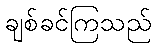
ချစ်ခင်ကြသည်